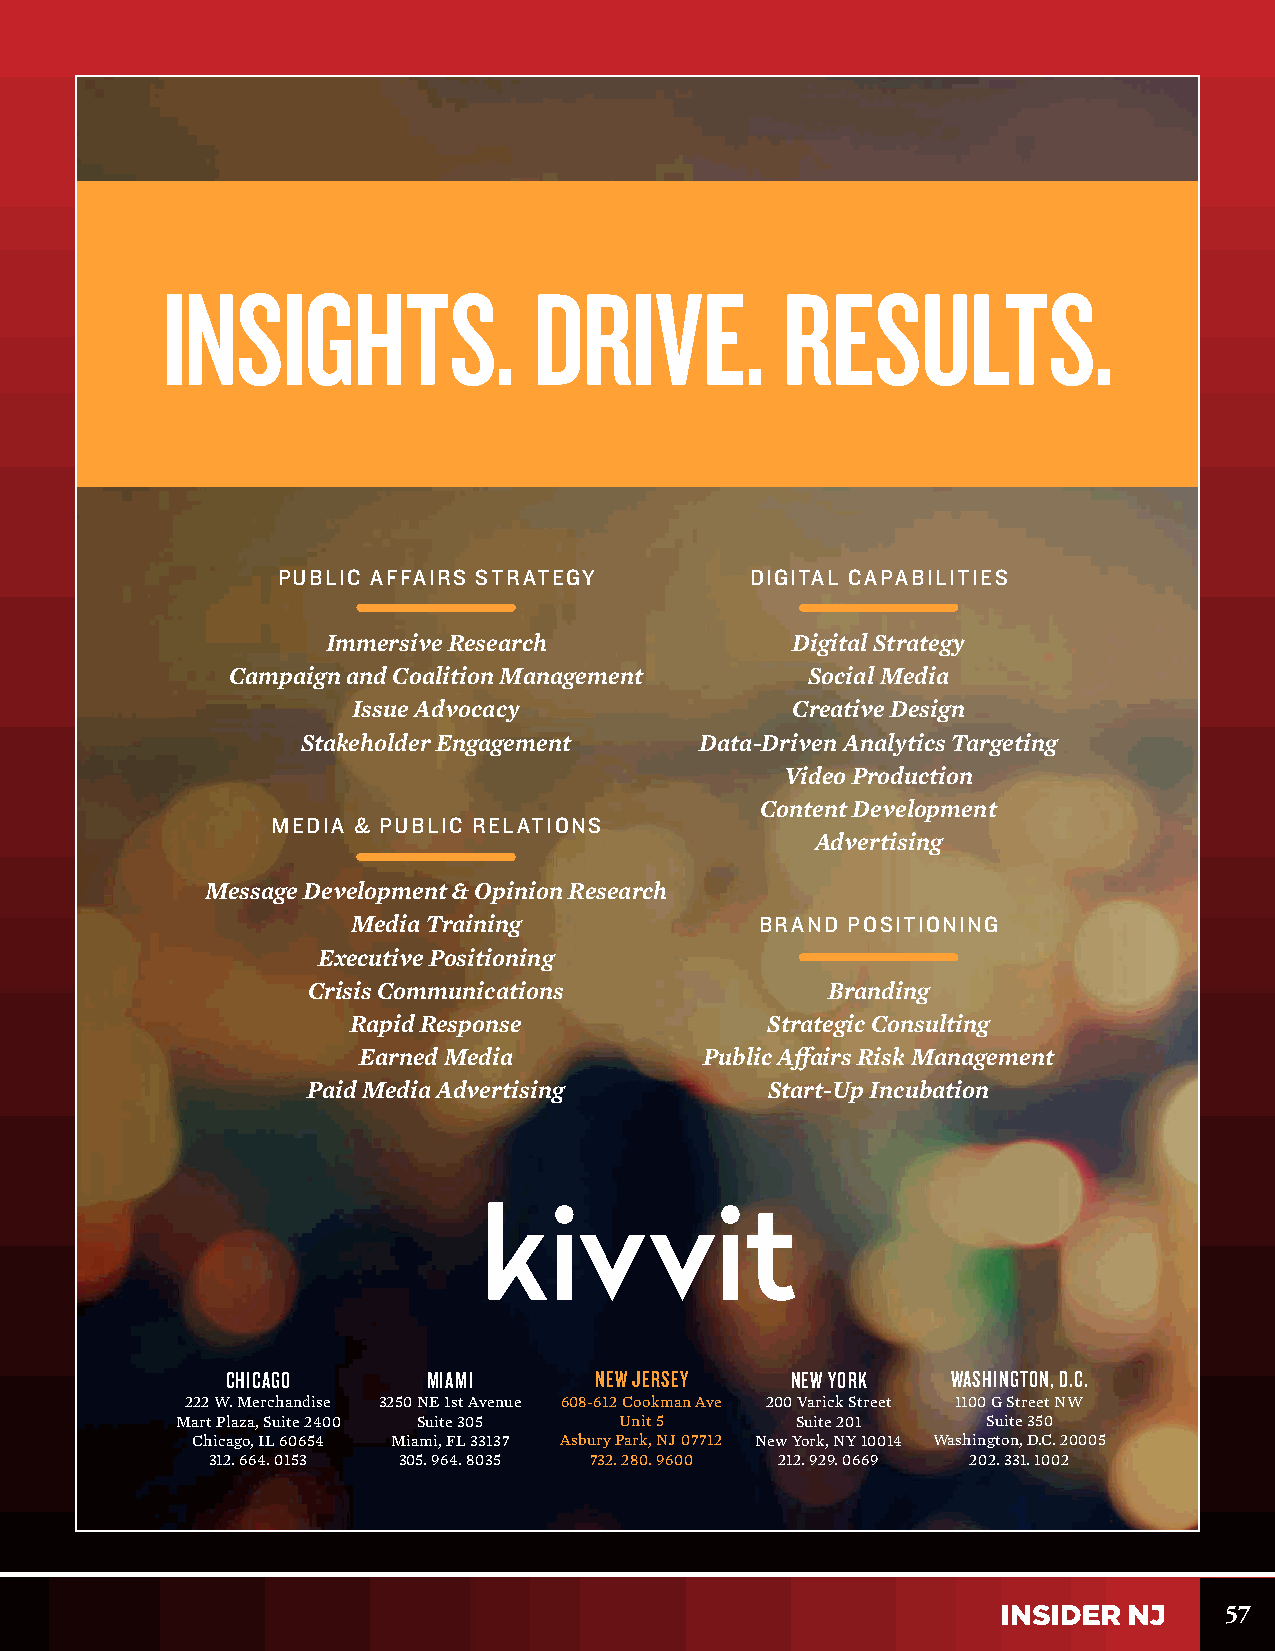
INSIGHTS.               DRIVE.           RESULTS.
 PUBLIC AFFAIRS STRATEGY         DIGITAL CAPABILITIES
 Immersive Research            Digital Strategy
 Campaign and Coalition Management      Social Media
 Issue Advocacy               Creative Design
 Stakeholder Engagement    Data-Driven Analytics Targeting
 Video Production
 Content Development
 MEDIA & PUBLIC RELATIONS
 Advertising
 Message Development & Opinion Research
 Media Training             BRAND POSITIONING
 Executive Positioning
 Crisis Communications              Branding
 Rapid Response              Strategic Consulting
 Earned Media           Public Aff airs Risk Management
 Paid Media Advertising         Start-Up Incubation
 CHICAGO      MIAMI      NEW JERSEY   NEW YORK   WASHINGTON, D.C.
 222 W. Merchandise 3250 NE 1st Avenue 608-612 Cookman Ave 200 Varick Street 1100 G Street NW
 Mart Plaza, Suite 2400 Suite 305 Unit 5  Suite 201   Suite 350
 Chicago, IL 60654 Miami, FL 33137 Asbury Park, NJ 07712 New York, NY 1 0014 Washington, D.C. 20005
 312. 664. 0153 305. 964. 8035 732. 280. 9600 212. 929. 0669 202. 331. 1002
 57